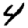
Digit: 4